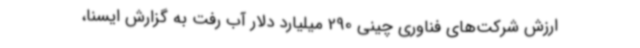
ارزش شرکت‌های فناوری چینی 290 میلیارد دلار آب رفت به گزارش ایسنا،